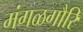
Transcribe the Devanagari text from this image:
मंगळगौरि